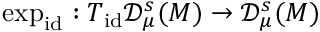
\exp _ { \mathrm { i d } } : T _ { \mathrm { i d } } \mathscr { D } _ { \mu } ^ { s } ( M ) \to \mathscr { D } _ { \mu } ^ { s } ( M )